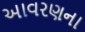
આવરણના